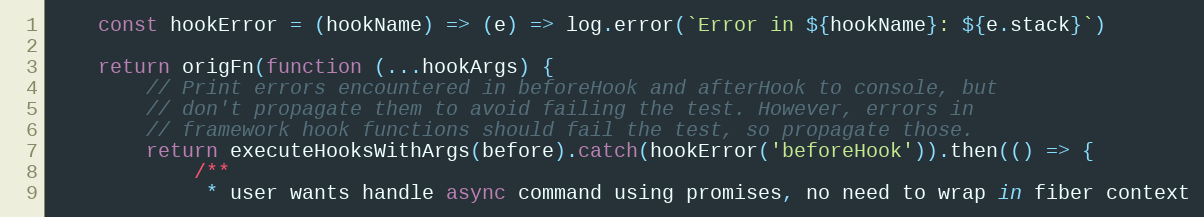
Language: JavaScript
    const hookError = (hookName) => (e) => log.error(`Error in ${hookName}: ${e.stack}`)

    return origFn(function (...hookArgs) {
        // Print errors encountered in beforeHook and afterHook to console, but
        // don't propagate them to avoid failing the test. However, errors in
        // framework hook functions should fail the test, so propagate those.
        return executeHooksWithArgs(before).catch(hookError('beforeHook')).then(() => {
            /**
             * user wants handle async command using promises, no need to wrap in fiber context